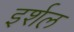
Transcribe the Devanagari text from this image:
इर्शल